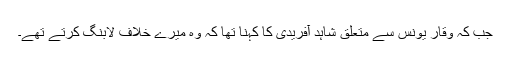
جب کہ وقار یونس سے متعلق شاہد آفریدی کا کہنا تھا کہ وہ میرے خلاف لابنگ کرتے تھے۔